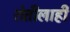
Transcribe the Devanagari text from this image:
शेतीलाही